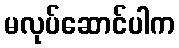
မလုပ်ဆောင်ပါက